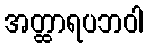
အတ္ထာရပဘဝါ